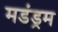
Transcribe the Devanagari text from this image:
मडंड्रम